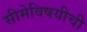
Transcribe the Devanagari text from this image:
सीमेविषयीची